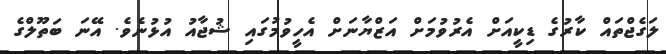
ލަގެޖްތައް ކާރުގެ ޑިކީއަށް އެރުވުމަށް އަޒްޔާނަށް އެހީވުމުގައި ޝުޖާއު އުޅުނެވެ. އޭނަ ބަތޫލްގެ